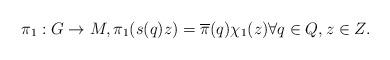
LaTeX: \begin{align*}\pi_1 : G \to M, \pi_1(s(q)z) = \overline{\pi}(q) \chi_1(z) \forall q \in Q, z \in Z.\end{align*}